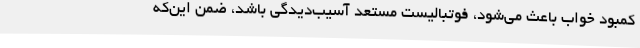
کمبود خواب باعث می‌شود، فوتبالیست مستعد آسیب‌دیدگی باشد، ضمن این‌که